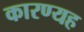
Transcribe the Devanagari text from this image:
कारण्यह